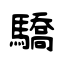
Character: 驕